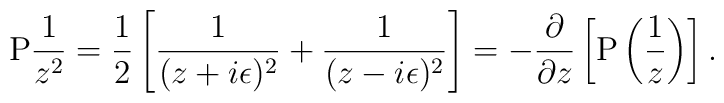
\textrm{P}\frac{1}{z^2}=\frac{1}{2}\left[\frac{1}{(z + i\epsilon)^2}+ \frac{1}{(z - i\epsilon)^2}\right]=-{\partial \over \partial z} \left[\textrm{P} \left( {1 \over z}\right)\right].